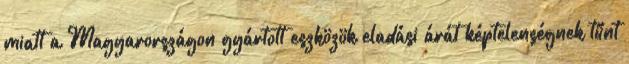
miatt a Magyarországon gyártott eszközök eladási árát képtelenségnek tűnt